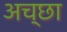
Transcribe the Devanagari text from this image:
अच्छा